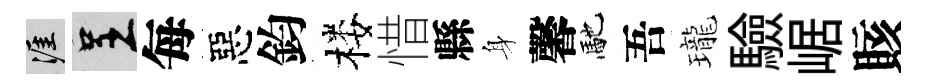
涯呈每惡鈞楼惜縣身馨馳吾瓏驗崌賅